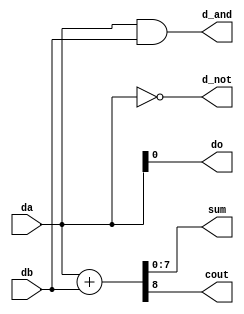
//*******************************FILE HEAD**************************************
//*********************Verilog HDL *********************
// FUNCTION        : assign
// AUTHOR          : 
// DATE & REVISION : 
// COMPANY         : Verilog HDL 
// UPDATE          :
//******************************************************************************

module assign_app_one(
  input [7 : 0] da,
  input [7 : 0] db,
  
  output [7 : 0] sum,
  output cout,
  
  output [7 : 0] d_and,
  output [7 : 0] d_not,
  output do
  );

 
  assign do = da[0];  
  
  assign d_not = ~da;  
  
  assign d_and = da & db;  
  
  assign {cout, sum} = da + db;
  
endmodule
// END OF parallel_adder.v FILE *********************************************************